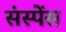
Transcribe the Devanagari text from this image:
संस्पेंस